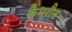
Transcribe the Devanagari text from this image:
कैमरौन